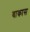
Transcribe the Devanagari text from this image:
वाकास